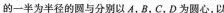
的一半为半径的圆与分别以A，B，C，D为圆心，以